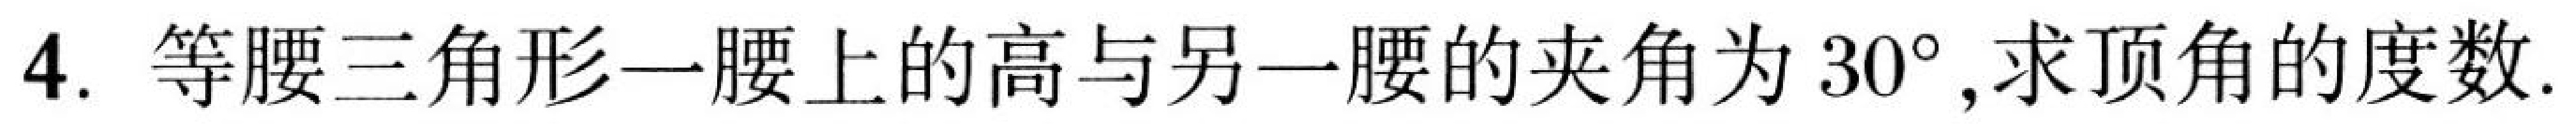
4. 等腰三角形一腰上的高与另一腰的夹角为$30^{\circ}$,求顶角的度数.